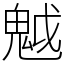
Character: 魆